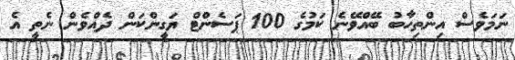
ނަމަވެސް އިންތިހާބު ބޭއްވޭނެ ކަމުގެ 100 ޕަސެންޓް ޔަގީންކަން ދެއްވެން ނެތީ އެ